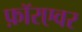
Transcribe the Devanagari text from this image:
फ़ॉरएवर